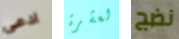
ادعى لعشرة نضج